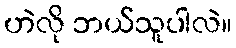
ဟဲလို ဘယ်သူပါလဲ။